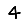
Digit: 4